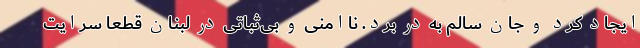
ایجاد کرد و جان سالم به در برد. ناامنی و بی‌ثباتی در لبنان قطعاً سرایت